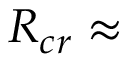
R _ { c r } \approx